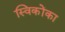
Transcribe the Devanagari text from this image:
स्विकोंका